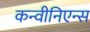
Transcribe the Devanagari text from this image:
कन्वीनिएन्स